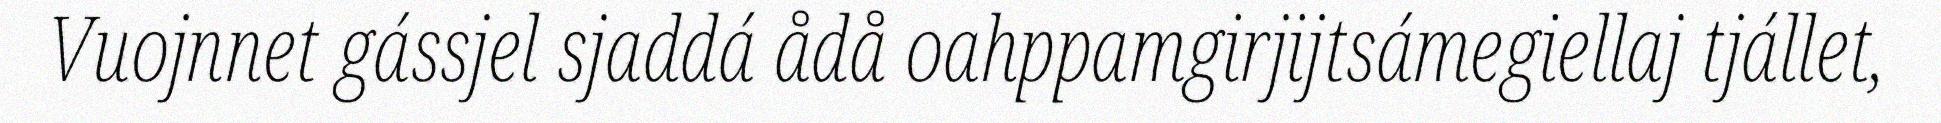
Vuojnnet gássjel sjaddá ådå oahppamgirjijtsámegiellaj tjállet,